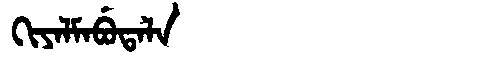
Manchu: ᡴᡳᠶᠠᠯᠮᠠᠪᡠᡨᠠᠯᠠ
Romanization: KIYALMABUTALA